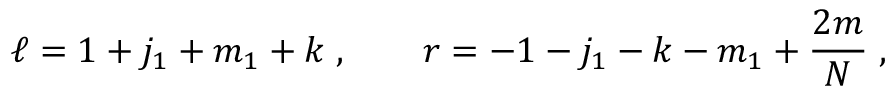
\ell = 1 + j _ { 1 } + m _ { 1 } + k \; , \qquad r = - 1 - j _ { 1 } - k - m _ { 1 } + { \frac { 2 m } { N } } \; ,